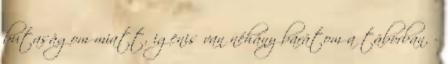
butaságom miatt, igenis van néhány barátom a táborban. -